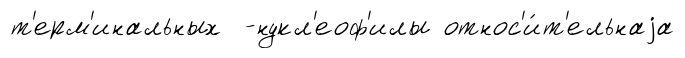
т'ерм'инальных -нукл'еоф'илы относ'и́т'ельнаjа